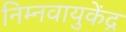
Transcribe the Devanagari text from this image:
निम्नवायुकेंद्र